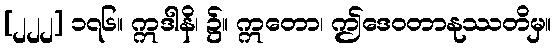
[၂၂၂] ၁၇၆။ ဣဒါနိ၊ ၌။ ဣတော၊ ဤဒေဝတာနုဿတိမှ။